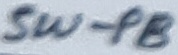
Text: SW-PB